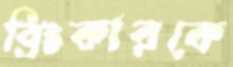
ব্রিংকারকে